Report on the working of the Ranchi Indian Mental Hospital, Kanke, in Bihar and Orissa - 1930-1940
Year: 1930
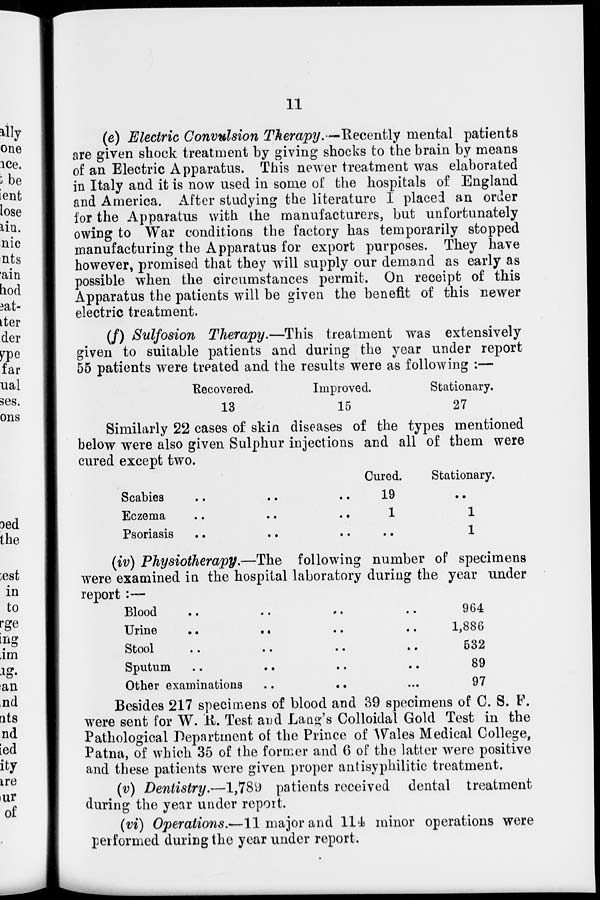
11
(e) Electric Convulsion Therapy.—Recently mental patients
are given shock treatment by giving shocks to the brain by means
of an Electric Apparatus. This newer treatment was elaborated
in Italy and it is now used in some of the hospitals of England
and America. After studying the literature I placed an order
for the Apparatus with the manufacturers, but unfortunately
owing to War conditions the factory has temporarily stopped
manufacturing the Apparatus for export purposes. They have
however, promised that they will supply our demand as early as
possible when the circumstances permit. On receipt of this
Apparatus the patients will be given the benefit of this newer
electric treatment.
(f) Sulfosion Therapy.—This treatment was extensively
given to suitable patients and during the year under report
55 patients were treated and the results were as following :—
Recovered.
13
Improved.
15
Stationary.
27
Similarly 22 cases of skin diseases of the types mentioned
below were also given Sulphur injections and all of them were
cured except two.
Scabies .. .. ..
Eczema
..
..
..
Psoriasis .. .. ..
Cured.
19
1
..
Stationary.
..
1
1
(iv) Physiotherapy.—The following number of specimens
were examined in the hospital laboratory during the year under
report :—
Blood
..
..
..
..
Urine
..
..
..
..
Stool
..
..
..
..
Sputum
..
..
..
..
Other examinations
..
..
...
964
1,886
532
89
97
Besides 217 specimens of blood and 39 specimens of C. S. F.
were sent for W. R. Test and Lang's Colloidal Gold Test in the
Pathological Department of the Prince of Wales Medical College,
Patna, of which 35 of the former and 6 of the latter were positive
and these patients were given proper antisyphilitic treatment.
(v) Dentistry.—1,789 patients received dental treatment
during the year under report.
(vi) Operations.—11 major and 114 minor operations were
performed during the year under report.